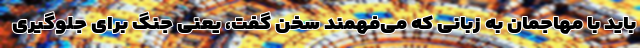
باید با مهاجمان به زبانی که می‌فهمند سخن گفت، یعنی جنگ برای جلوگیری